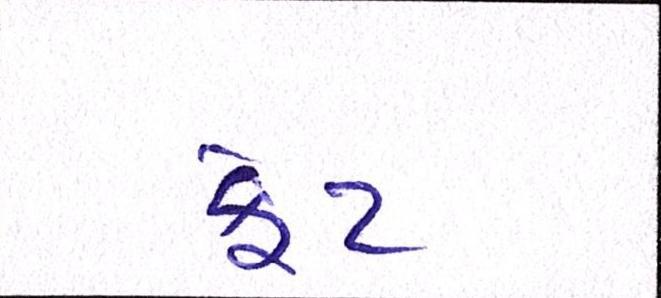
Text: ફેટ